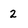
Character: 2